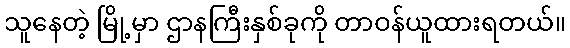
သူနေတဲ့ မြို့မှာ ဌာနကြီးနှစ်ခုကို တာဝန်ယူထားရတယ်။